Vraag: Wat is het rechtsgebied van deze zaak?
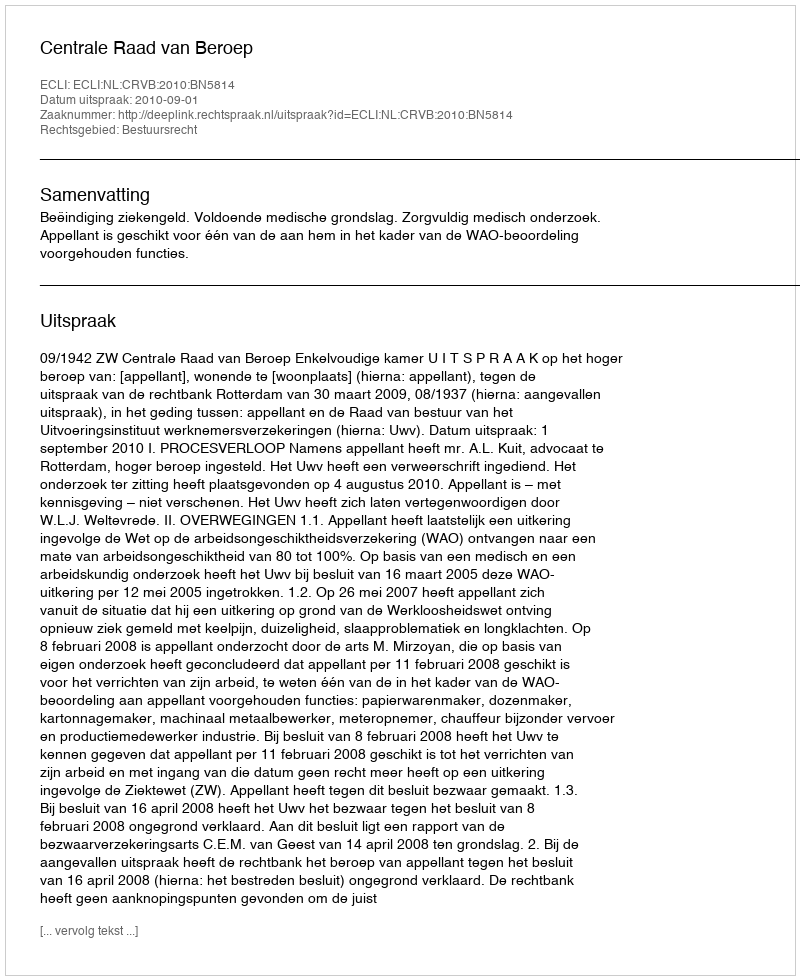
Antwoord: Bestuursrecht